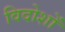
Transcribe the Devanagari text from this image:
विदोशों